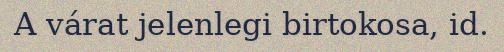
A várat jelenlegi birtokosa, id.